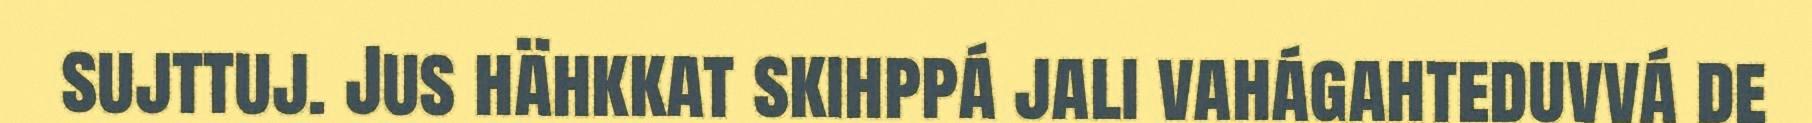
sujttuj. Jus hähkkat skihppá jali vahágahteduvvá de